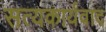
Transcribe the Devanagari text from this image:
सत्यकार्यवाद